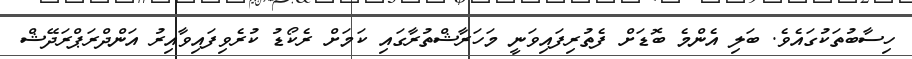
ހިސާބުތަކުގައެވެ. ބަލި އެންމެ ބޮޑަށް ފެތުރިފައިވަނީ މަހަރާޝްތުރާގައި ކަމަށް ރެކޯޑު ކުރެވިފައިވާއިރު އަންދްރަޕްރަދޭޝް